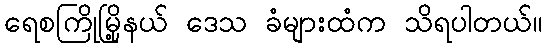
ရေစကြိုမြို့နယ် ဒေသ ခံများထံက သိရပါတယ်။